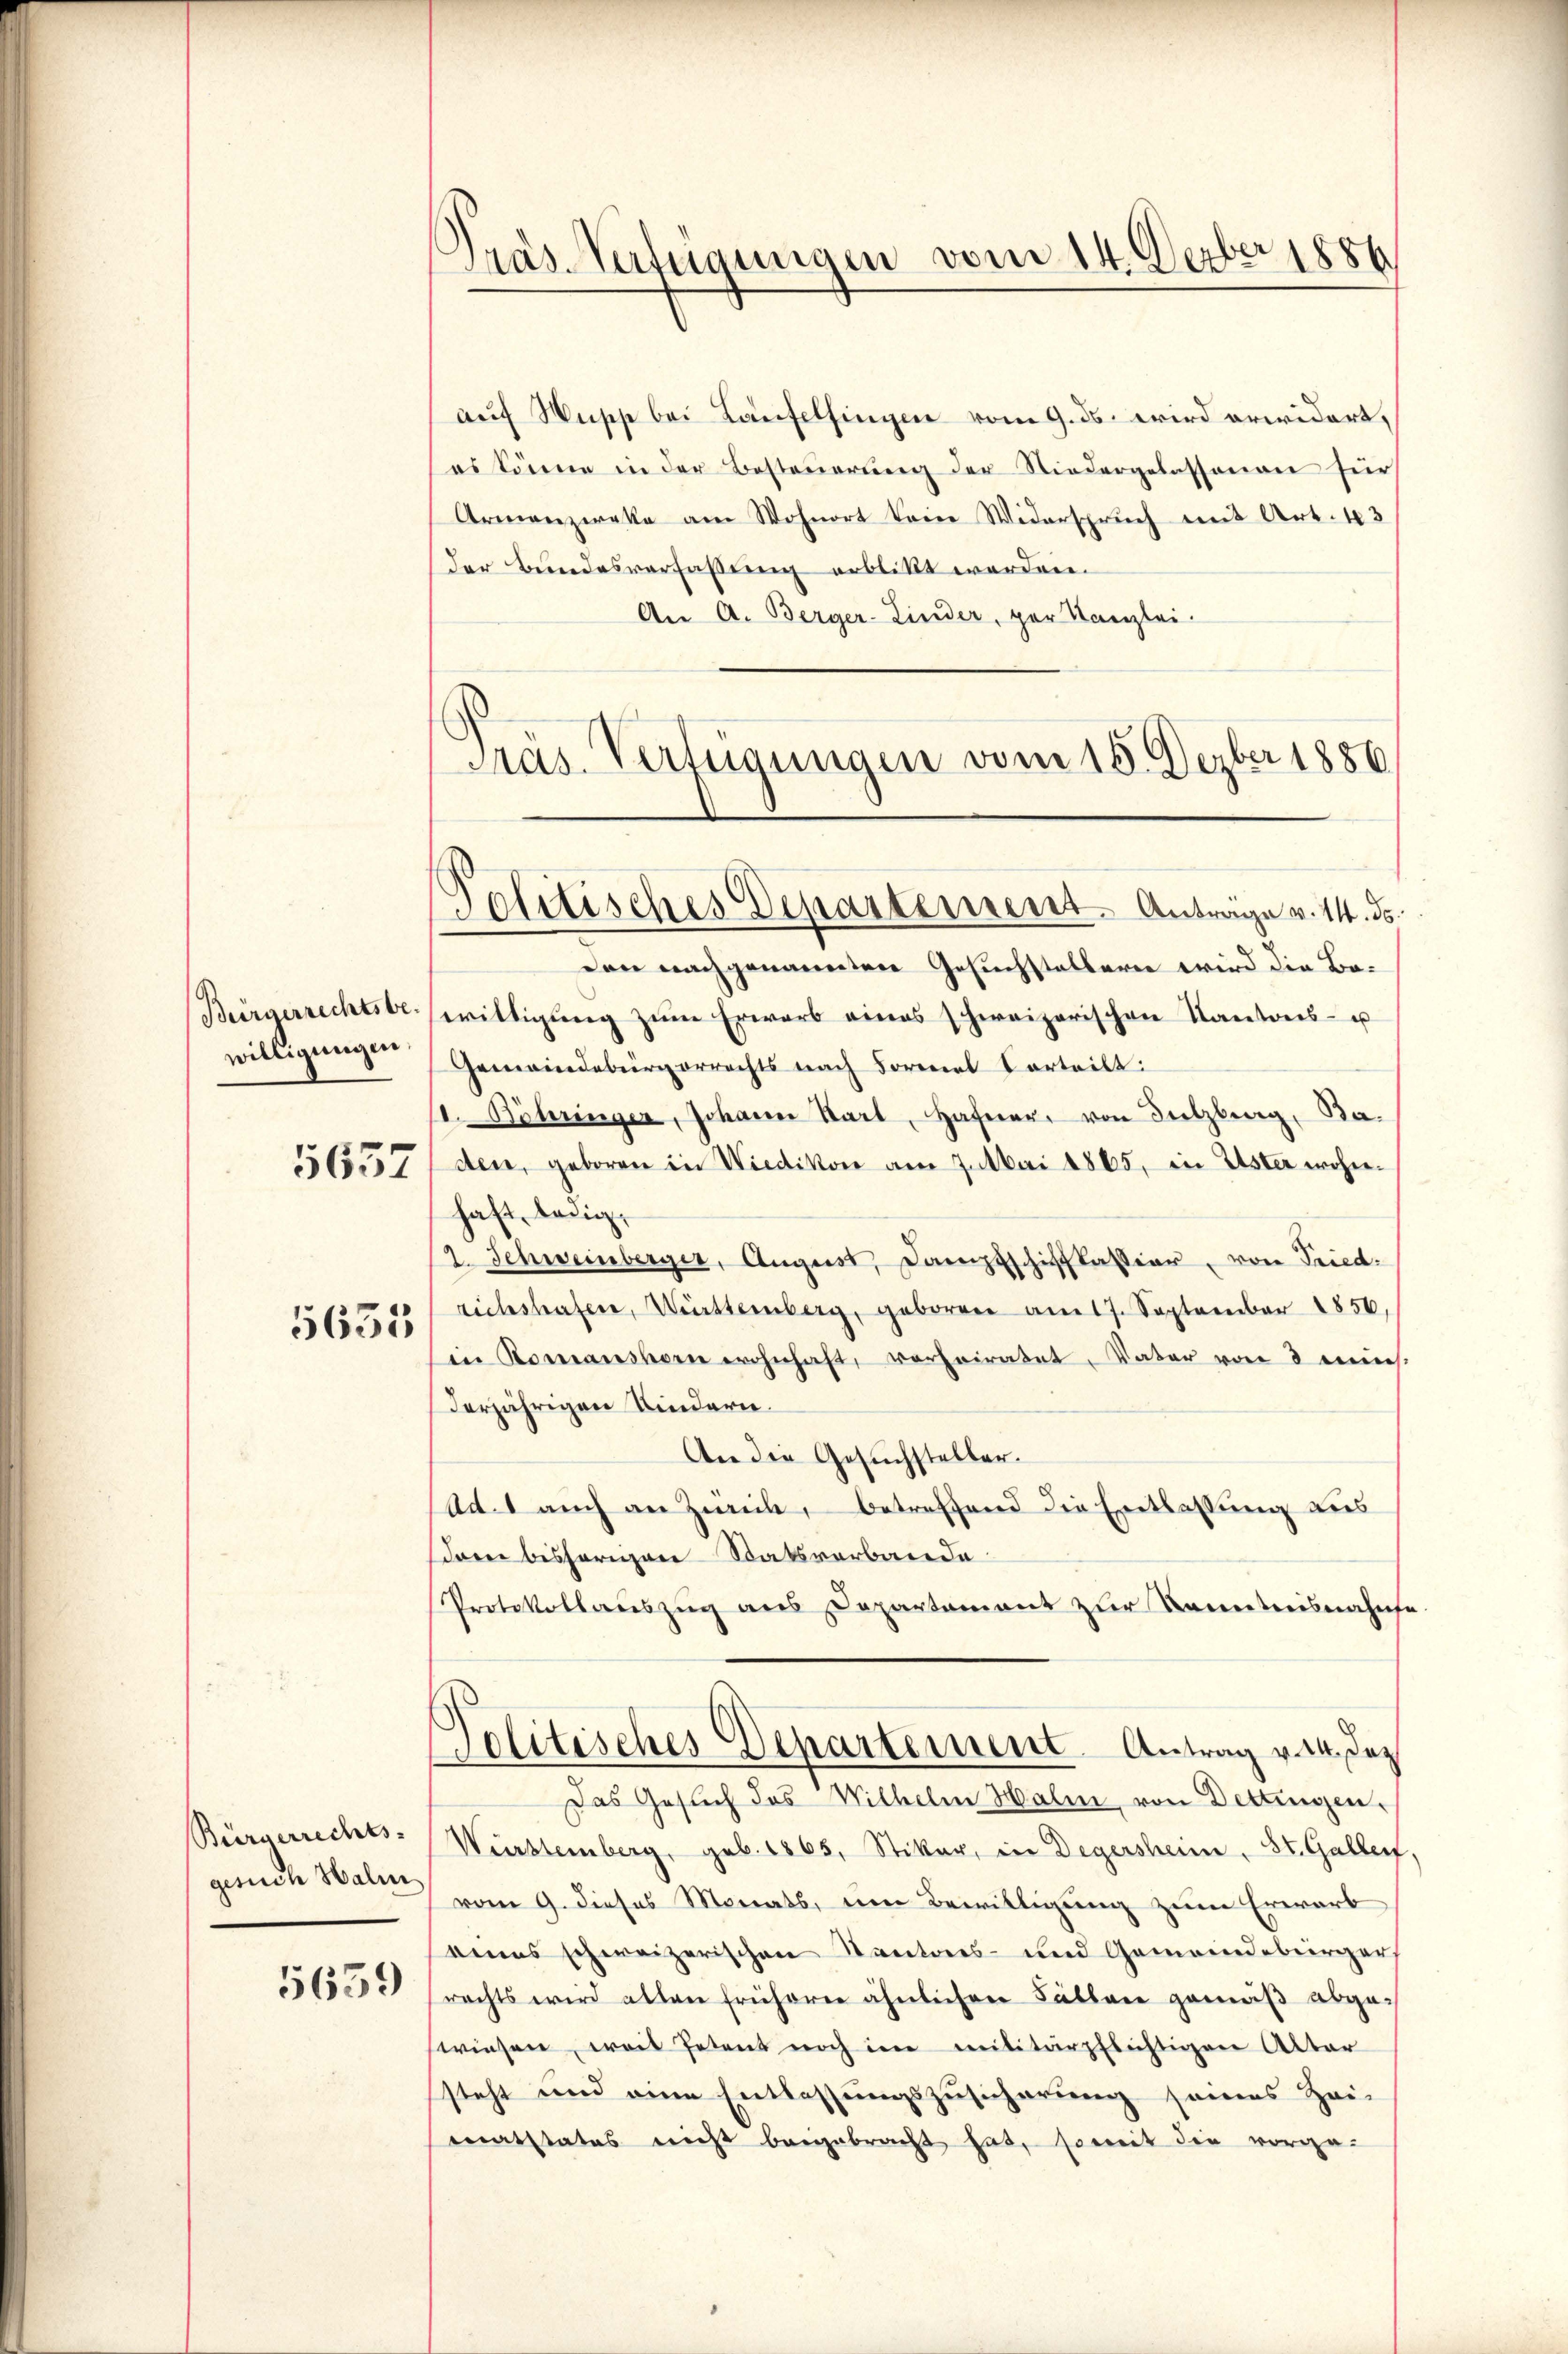
Bürgerrechtsbe-
willigungen

5657

5635

Bürgerrechts-
gesuch Halin

5639

Pras-Verfügungen vom 14. Feber 1886

auf Wusche bei Laufelsingen vom 9. ds. wird erwidert,
es könne in der Besteŭerŭng der Niedergelassenen für
Armanzieke am Wohnort kein Widerspruch mit Art. 43
der Bundesverfassung erblikt worden.
An A. Berger-Linder, par Kanzlei.
Pras. Verfügungen vom 15. Dezber 1886

Politisches Departement. Anträge v. 14. ds.

Den nachgenannten Gesuchstellern wird die Bewilligung zum Erwarb eines schweizerischen Kantons- u
Gemeindebürgerrechts nach Formal Vorteilt:
. Böhleringer, Johann Start, Hafner, von Sulzberg, Ba-
den, geboren in Wiedikon am 7. Mai 1865, in Uster wohnehaft, ledig,
2. Schweinberger, August, Dampfschiftkassier, von Fried.
richshafen, Württemberg, geborene am 17. September 1850,
in Romanshorn wohnhaft, verheiratet. Vater von 3 mis
derjährigen Kindern.
An die Gesuchsteller.
Ad. 1 auch an Zweck, betreffend die Entlassung aus
dren bisherigen Statsverbande
Protokollaŭszŭg ans Departament zur Kenntnisnahms
Politisches Departement Antrag von des
Das Gesuch das Wilhelm Hali, von Dettingen,
Württemberg, geb. 1865, Stiker, in Degersheim St. Gallen.
vom 9. dieses Monats, um Bewilligung zum Erwarb
eines schweizerischen Kantons- und Gemeindebürger
rechts wird allen früherer ähnlichen Fällen gemäß abge-
swiesen, weil Petent noch im militärpflichtigen Alter
steht und eine Entlassungszusicherung seines Zei-
matstates nicht beigebracht hat, soweit die vorge-